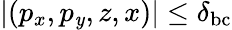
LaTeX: |(p_{x},p_{\mathit{y}},z,x)|\leq\delta_{\mathrm{{bc}}}